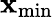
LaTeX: \mathbf{x}_{\mathrm{{min}}}